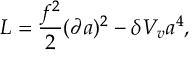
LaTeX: { \cal L } = { \frac { f ^ { 2 } } { 2 } } ( \partial a ) ^ { 2 } - \delta V _ { v } a ^ { 4 } ,